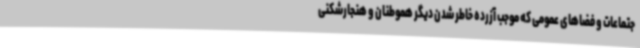
جتماعات و فضاهای عمومی که موجب آزرده خاطر شدن دیگر هموطنان و هنجارشکنی